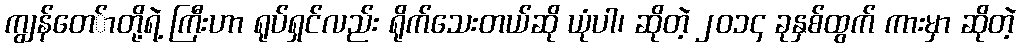
ကျွန်တေ်ာတို့ရဲ့ ကြီးဟာ ရုပ်ရှင်လည်း ရိုက်သေးတယ်ဆို ယုံပါ၊ ဆိုတဲ့ ၂၀၁၄ ခုနှစ်ထွက် ကားမှာ ဆိုတဲ့